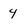
Character: 4